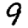
Digit: 9